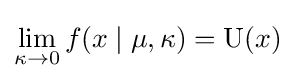
\lim _{\kappa \rightarrow 0}f(x\mid \mu ,\kappa )=\mathrm {U} (x)